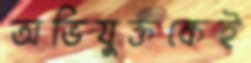
অভিযুক্তকেই